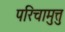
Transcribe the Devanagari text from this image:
परिचामुत्तु